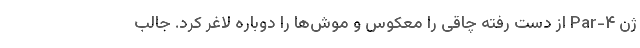
ژن Par-۴ از دست رفته چاقی را معکوس و موش‌ها را دوباره لاغر کرد. جالب